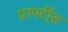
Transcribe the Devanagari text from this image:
प्रापर्टी्स